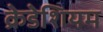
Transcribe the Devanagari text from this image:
क्रेडेशियम